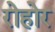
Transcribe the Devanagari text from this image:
रोहोर